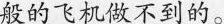
般的飞机做不到的。